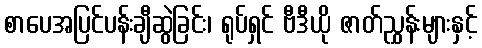
စာပေအပြင်ပန်းချီဆွဲခြင်း၊ ရုပ်ရှင် ဗီဒီယို ဇာတ်ညွှန်းများနှင့်